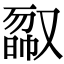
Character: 𠭿